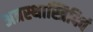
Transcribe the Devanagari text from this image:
अत्रस्थास्त्रिदिवं